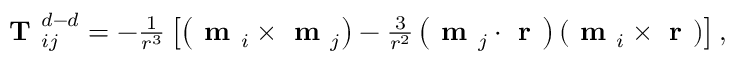
\begin{array} { r } { \textbf { T } _ { i j } ^ { d - d } = - \frac { 1 } { r ^ { 3 } } \left[ \left( \textbf { m } _ { i } \times \textbf { m } _ { j } \right) - \frac { 3 } { r ^ { 2 } } \left( \textbf { m } _ { j } \cdot \textbf { r } \right) \left( \textbf { m } _ { i } \times \textbf { r } \right) \right] , } \end{array}